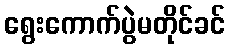
ရွေးကောက်ပွဲမတိုင်ခင်